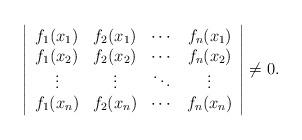
LaTeX: \begin{align*}\left|\begin{array}{cccc}f_1(x_1) & f_2(x_1)& \cdots & f_n(x_1) \\f_1(x_2) & f_2(x_2)& \cdots & f_n(x_2) \\\vdots & \vdots & \ddots & \vdots \\f_1(x_n) & f_2(x_n)& \cdots & f_n(x_n) \\\end{array}\right|\not = 0.\end{align*}